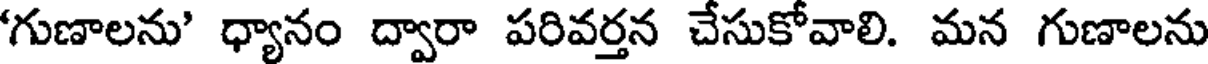
గుణాలను' ధ్యానం ద్వారా పరివర్తన చేసుకోవాలి. మన గుణాలను